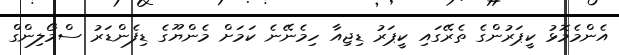
އެންމެމޮޅު ކީޕަރުންގެ ތެރޭގައި ކީޕަރު ޑިޖިއާ ހިމެނޭނެ ކަމަށް މެންޔޫގެ ޑިފެންޑަރު ސްމޯލިންގް